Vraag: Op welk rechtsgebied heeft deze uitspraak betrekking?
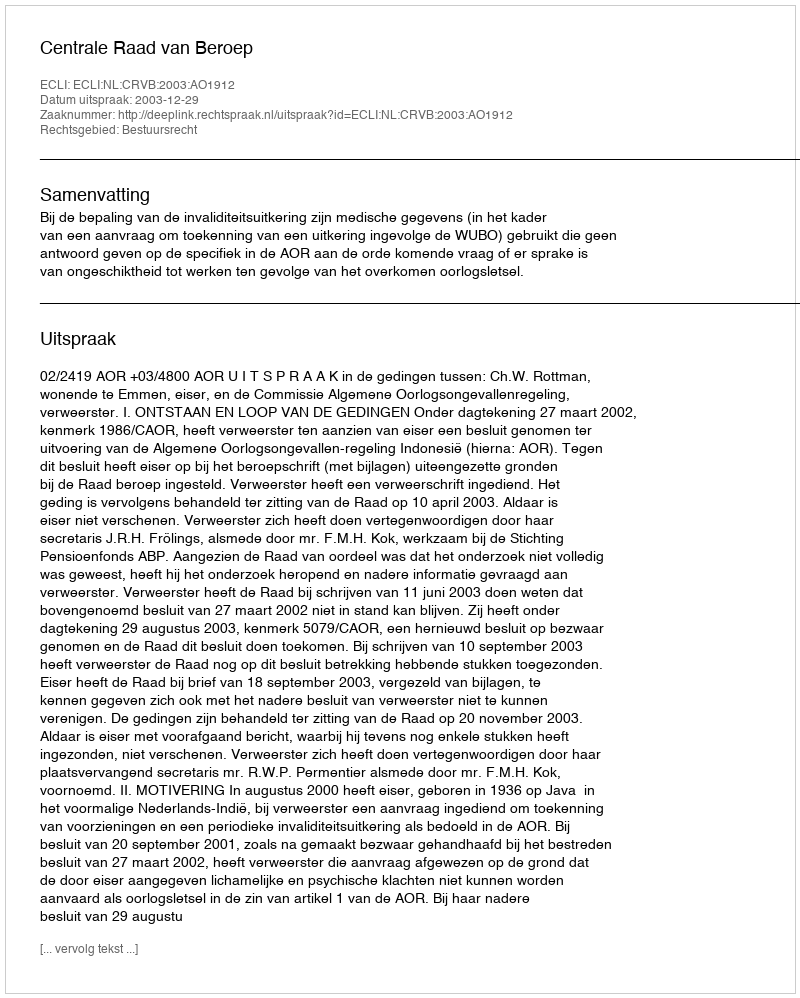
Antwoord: Bestuursrecht